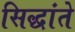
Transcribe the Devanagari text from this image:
सिद्धांते